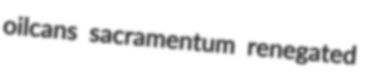
oilcans sacramentum renegated